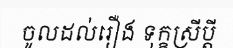
ចូលដល់រឿង ទុក្ខស្រីប្តី